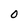
Character: 0